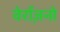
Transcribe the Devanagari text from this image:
वेर्राज़नो